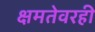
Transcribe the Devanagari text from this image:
क्षमतेवरही